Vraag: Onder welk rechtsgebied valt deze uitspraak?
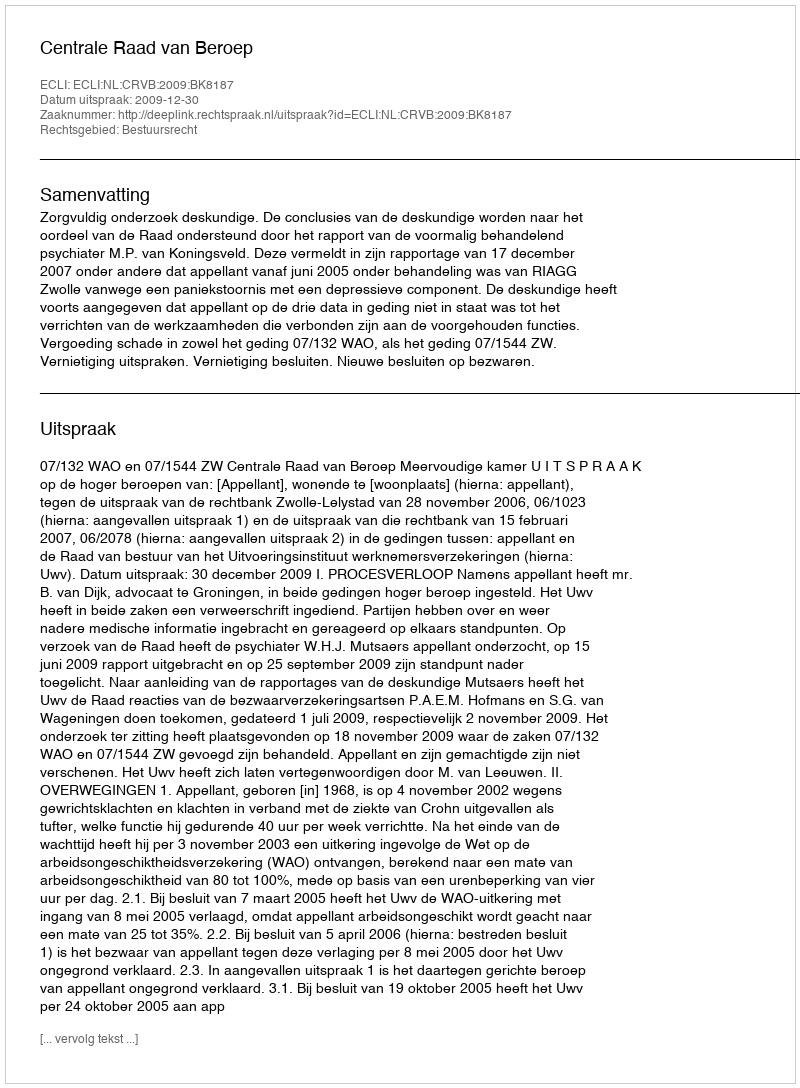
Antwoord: Bestuursrecht